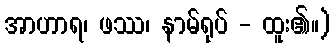
အာဟာရ၊ ဖဿ၊ နာမ်ရုပ် - ထူး၏။)